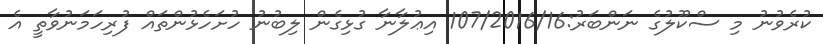
ކުރެވުނު މި ސްކޫލުގެ ނަންބަރު:107/2016/16 އިޢުލާނާ ގުޅިގެން ލިބުނު ހުށަހެޅުންތައް ފުރިހަމަނުވާތީ އެ